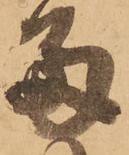
多